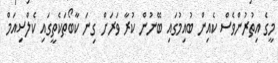
މީގެ އިތުރުންވެސް ކެއިން ބުއިމުގައި ބޭނުން ކުރާ ވަރަށް ގިނަ ކާބޯތަކެތީގައި ކެލްސިއަމް